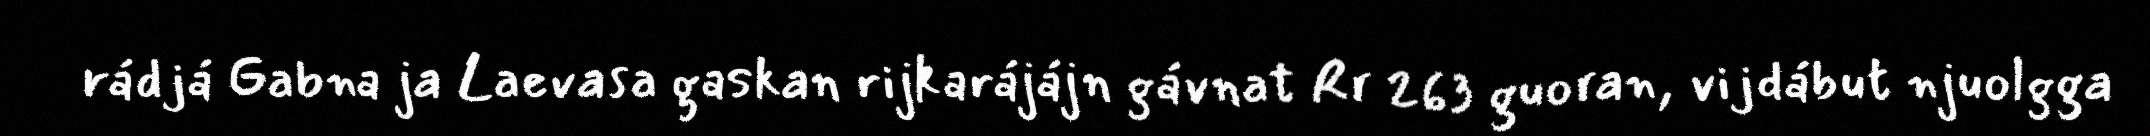
rádjá Gabna ja Laevasa gaskan rijkarájájn gávnat Rr 263 guoran, vijdábut njuolgga